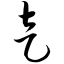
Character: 走